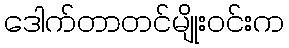
ဒေါက်တာတင်မျိုးဝင်းက